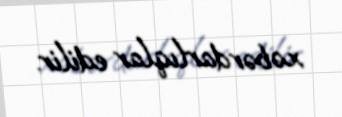
xəbərdarlıqlar edilir.